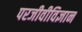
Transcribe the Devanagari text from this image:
परजीवीविज्ञान